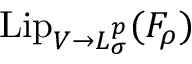
\mathrm { L i p } _ { V \to L _ { \sigma } ^ { p } } ( F _ { \rho } )